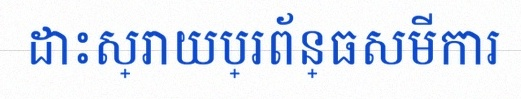
ដោះស្រាយប្រព័ន្ធសមីការ